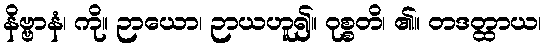
နိဗ္ဗာနံ၊ ကို။ ဉာယော၊ ဉာယဟူ၍။ ဝုစ္စတိ၊ ၏။ တဒတ္ထာယ၊